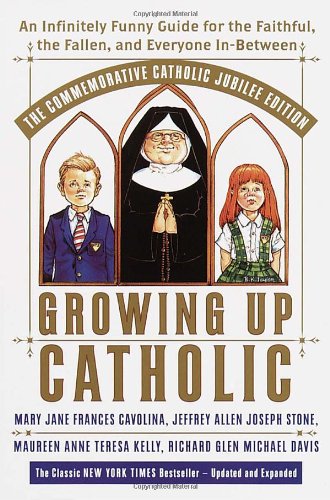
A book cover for Growing Up Catholic: The Millennium Edition: An Infinitely Funny Guide for the Faithful, the Fallen and Everyone In-Between; Mary Jane Frances Cavolina; Humor & Entertainment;